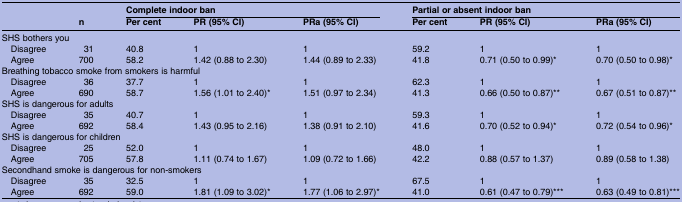
|  |  | <COLSPAN=3> Complete indoor ban | <COLSPAN=3> Partial or absent indoor ban |
 |  | n | Per cent | PR (95% CI) | PRa (95% CI) | Per cent | PR (95% CI) | PRa (95% CI) |
 | --- | --- | --- | --- | --- | --- | --- | --- |
 | <COLSPAN=8> SHS bothers you |
 | Disagree | 31 | 40.8 | 1 | 1 | 59.2 | 1 | 1 |
 | Agree | 700 | 58.2 | 1.42 (0.88 to 2.30) | 1.44 (0.89 to 2.33) | 41.8 | 0.71 (0.50 to 0.99)* | 0.70 (0.50 to 0.98)* |
 | <COLSPAN=8> Breathing tobacco smoke from smokers is harmful |
 | Disagree | 36 | 37.7 | 1 | 1 | 62.3 | 1 | 1 |
 | Agree | 690 | 58.7 | 1.56 (1.01 to 2.40)* | 1.51 (0.97 to 2.34) | 41.3 | 0.66 (0.50 to 0.87)** | 0.67 (0.51 to 0.87)** |
 | <COLSPAN=8> SHS is dangerous for adults |
 | Disagree | 35 | 40.7 | 1 | 1 | 59.3 | 1 | 1 |
 | Agree | 692 | 58.4 | 1.43 (0.95 to 2.16) | 1.38 (0.91 to 2.10) | 41.6 | 0.70 (0.52 to 0.94)* | 0.72 (0.54 to 0.96)* |
 | <COLSPAN=8> SHS is dangerous for children |
 | Disagree | 25 | 52.0 | 1 | 1 | 48.0 | 1 | 1 |
 | Agree | 705 | 57.8 | 1.11 (0.74 to 1.67) | 1.09 (0.72 to 1.66) | 42.2 | 0.88 (0.57 to 1.37) | 0.89 (0.58 to 1.38) |
 | <COLSPAN=8> Secondhand smoke is dangerous for non-smokers |
 | Disagree | 35 | 32.5 | 1 | 1 | 67.5 | 1 | 1 |
 | Agree | 692 | 59.0 | 1.81 (1.09 to 3.02)* | 1.77 (1.06 to 2.97)* | 41.0 | 0.61 (0.47 to 0.79)*** | 0.63 (0.49 to 0.81)*** |